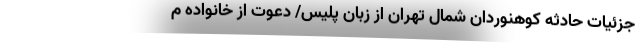
جزئیات حادثه کوهنوردان شمال تهران از زبان پلیس/ دعوت از خانواده م